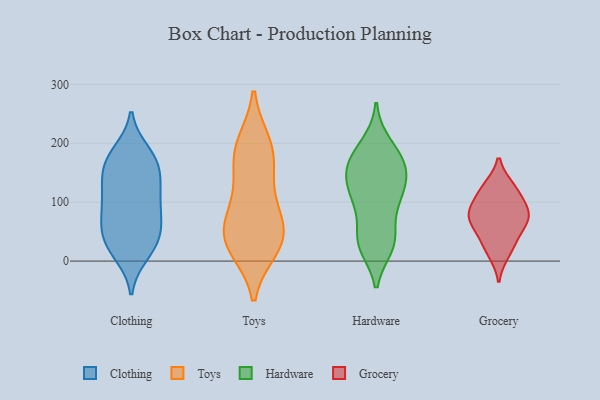
{"axis": {"x": "Demand Index", "y": "Value"}, "legend": ["Clothing", "Grocery", "Hardware", "Toys"], "data": [{"x": "", "y": 117, "type": "Clothing"}, {"x": "", "y": 62, "type": "Clothing"}, {"x": "", "y": 178, "type": "Clothing"}, {"x": "", "y": 185, "type": "Clothing"}, {"x": "", "y": 163, "type": "Clothing"}, {"x": "", "y": 23, "type": "Clothing"}, {"x": "", "y": 59, "type": "Clothing"}, {"x": "", "y": 83, "type": "Clothing"}, {"x": "", "y": 99, "type": "Clothing"}, {"x": "", "y": 11, "type": "Clothing"}, {"x": "", "y": 147, "type": "Clothing"}, {"x": "", "y": 100, "type": "Clothing"}, {"x": "", "y": 120, "type": "Clothing"}, {"x": "", "y": 138, "type": "Clothing"}, {"x": "", "y": 159, "type": "Clothing"}, {"x": "", "y": 65, "type": "Clothing"}, {"x": "", "y": 38, "type": "Clothing"}, {"x": "", "y": 18, "type": "Clothing"}, {"x": "", "y": 40, "type": "Clothing"}, {"x": "", "y": 179, "type": "Clothing"}, {"x": "", "y": 50, "type": "Toys"}, {"x": "", "y": 178, "type": "Toys"}, {"x": "", "y": 36, "type": "Toys"}, {"x": "", "y": 196, "type": "Toys"}, {"x": "", "y": 22, "type": "Toys"}, {"x": "", "y": 35, "type": "Toys"}, {"x": "", "y": 119, "type": "Toys"}, {"x": "", "y": 199, "type": "Toys"}, {"x": "", "y": 83, "type": "Toys"}, {"x": "", "y": 161, "type": "Toys"}, {"x": "", "y": 74, "type": "Toys"}, {"x": "", "y": 28, "type": "Toys"}, {"x": "", "y": 34, "type": "Hardware"}, {"x": "", "y": 158, "type": "Hardware"}, {"x": "", "y": 94, "type": "Hardware"}, {"x": "", "y": 32, "type": "Hardware"}, {"x": "", "y": 101, "type": "Hardware"}, {"x": "", "y": 114, "type": "Hardware"}, {"x": "", "y": 166, "type": "Hardware"}, {"x": "", "y": 148, "type": "Hardware"}, {"x": "", "y": 192, "type": "Hardware"}, {"x": "", "y": 150, "type": "Hardware"}, {"x": "", "y": 33, "type": "Hardware"}, {"x": "", "y": 115, "type": "Hardware"}, {"x": "", "y": 198, "type": "Hardware"}, {"x": "", "y": 35, "type": "Hardware"}, {"x": "", "y": 169, "type": "Hardware"}, {"x": "", "y": 159, "type": "Hardware"}, {"x": "", "y": 114, "type": "Hardware"}, {"x": "", "y": 26, "type": "Hardware"}, {"x": "", "y": 48, "type": "Grocery"}, {"x": "", "y": 13, "type": "Grocery"}, {"x": "", "y": 108, "type": "Grocery"}, {"x": "", "y": 61, "type": "Grocery"}, {"x": "", "y": 84, "type": "Grocery"}, {"x": "", "y": 79, "type": "Grocery"}, {"x": "", "y": 27, "type": "Grocery"}, {"x": "", "y": 125, "type": "Grocery"}, {"x": "", "y": 126, "type": "Grocery"}, {"x": "", "y": 75, "type": "Grocery"}, {"x": "", "y": 82, "type": "Grocery"}]}